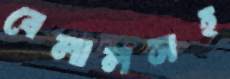
বেলালসহ